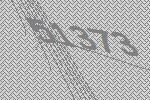
51373